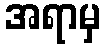
အရာမှ